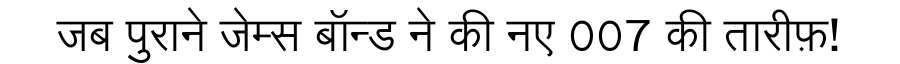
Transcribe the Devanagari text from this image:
जब पुराने जेम्स बॉन्ड ने की नए 007 की तारीफ़!